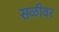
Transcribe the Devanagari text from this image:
सळीवर